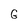
Character: G